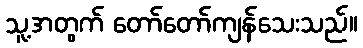
သူ့အတွက် တော်တော်ကျန်သေးသည်။